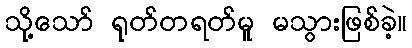
သို့သော် ရုတ်တရတ်မူ မသွားဖြစ်ခဲ့။